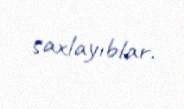
saxlayıblar.